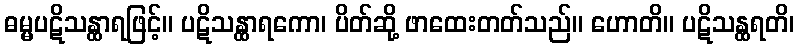
ဓမ္မပဋိသန္ထာရဖြင့်။ ပဋိသန္ထာရကော၊ ပိတ်ဆို့ ဖာထေးတတ်သည်။ ဟောတိ။ ပဋိသန္ထရတိ၊